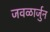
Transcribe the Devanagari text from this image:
जवळार्जुन